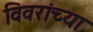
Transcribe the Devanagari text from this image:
विवरांच्या